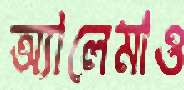
অ্যালেমাও